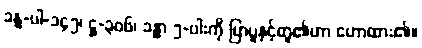
ခန္ဓ-ပါ-၁၄၅၊ ဋ္ဌ-၃၀၆၊ ခန္ဓာ ၅-ပါးကို ပြာပူနှင့်တူ၏ဟာ ဟောထား၏။